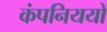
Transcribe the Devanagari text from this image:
कंपनिययों